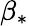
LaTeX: \beta_{\ast}